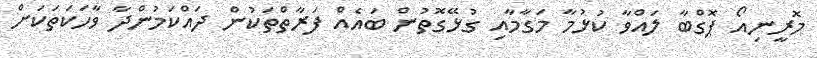
މޮރީނިއޯ ޕޮގްބާ ލައްވާ ކުޅުމާ މަގާމާއި ގުޅޭގޮތުން ބައެއް ފަރާތްތަކުން ދައްކަމުންދާ ވާހަކަތަކަށް